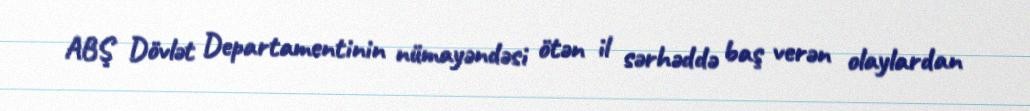
ABŞ Dövlət Departamentinin nümayəndəsi ötən il sərhəddə baş verən olaylardan